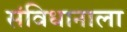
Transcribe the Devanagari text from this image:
संविधानाला